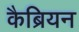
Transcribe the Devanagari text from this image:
कैब्रियन